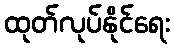
ထုတ်လုပ်နိုင်ရေး